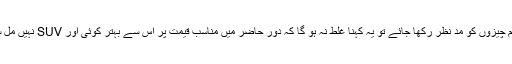
ان تمام چیزوں کو مد نظر رکھا جائے تو یہ کہنا غلط نہ ہو گا کہ دور حاضر میں مناسب قیمت پر اس سے بہتر کوئی اور SUV نہیں مل سکتی۔